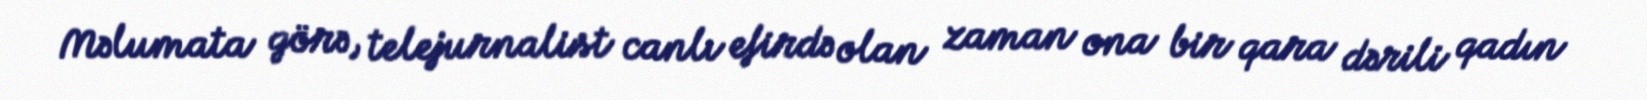
Məlumata görə, telejurnalist canlı efirdə olan zaman ona bir qara dərili qadın